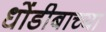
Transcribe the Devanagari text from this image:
धोंडीबाच्या